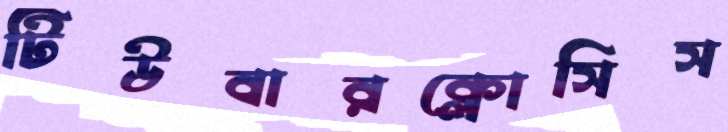
টিউবারক্লোসিস